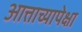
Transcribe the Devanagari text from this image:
आत्ताच्यापेक्षा